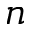
n